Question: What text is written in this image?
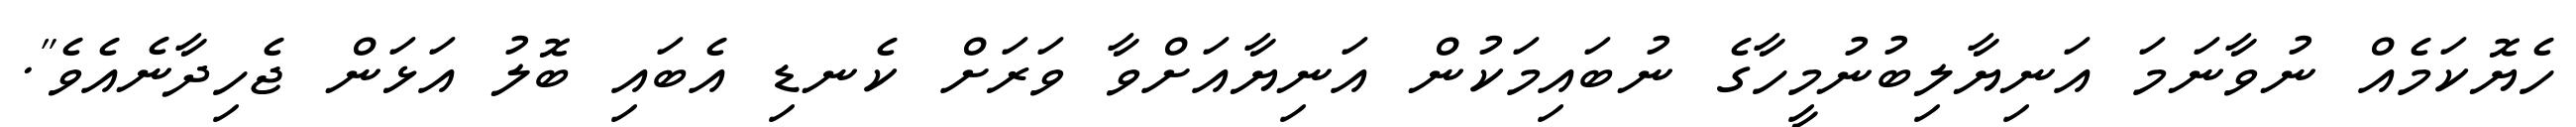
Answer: ހެޔޮކަމެއް ނުވާނަމަ އަނިޔާލިބުނުމީހާގެ ނުބައިމަކުން އަނިޔާއަށްވާ ވަރަށް ކެނޑި އެބައި ބޮލު އަޅަން ޖެހިދާނެއެވެ".